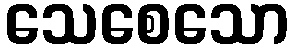
သေစေသော